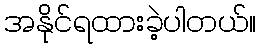
အနိုင်ရထားခဲ့ပါတယ်။